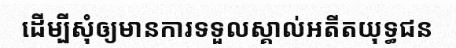
ដើម្បីសុំឲ្យមានការទទួលស្គាល់អតីតយុទ្ធជន